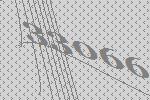
33066